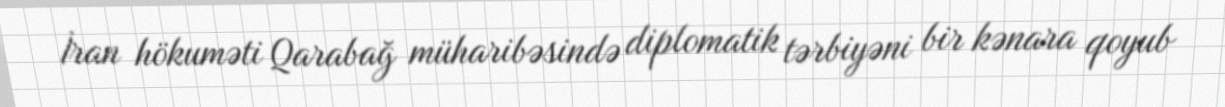
İran hökuməti Qarabağ müharibəsində diplomatik tərbiyəni bir kənara qoyub